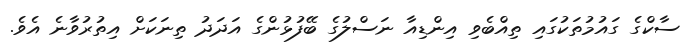
ސާކްގެ ގައުމުތަކުގައި ތިއްބެވި އިންޑިއާ ނަސްލުގެ ބޭފުޅުންގެ އަދަދު ތިނަކަށް އިތުރުވާނެ އެެވެ.